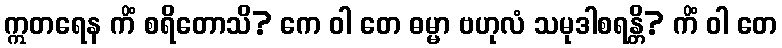
ဣတရေန ကိံ စရိတောသိ? ကေ ဝါ တေ ဓမ္မာ ဗဟုလံ သမုဒါစရန္တိ? ကိံ ဝါ တေ